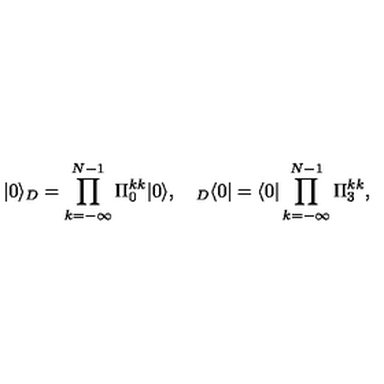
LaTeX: | 0 \rangle _ { D } = \prod _ { k = - \infty } ^ { N - 1 } \Pi _ { 0 } ^ { k k } | 0 \rangle , \quad { } _ { D } \langle 0 | = \langle 0 | \prod _ { k = - \infty } ^ { N - 1 } \Pi _ { 3 } ^ { k k } ,